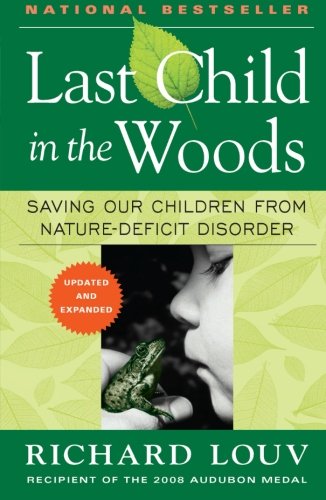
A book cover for Last Child in the Woods: Saving Our Children From Nature-Deficit Disorder; Richard Louv; Science & Math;